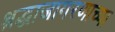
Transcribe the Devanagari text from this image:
श्रद्धाजागरणाच्या